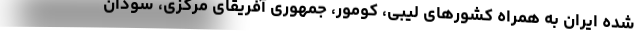
شده ایران به همراه کشورهای لیبی، کومور، جمهوری آفریقای مرکزی، سودان